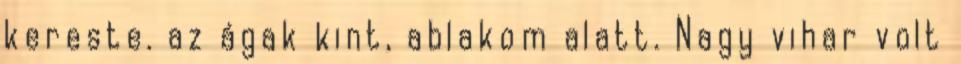
kereste. az ágak kint, ablakom alatt. Nagy vihar volt